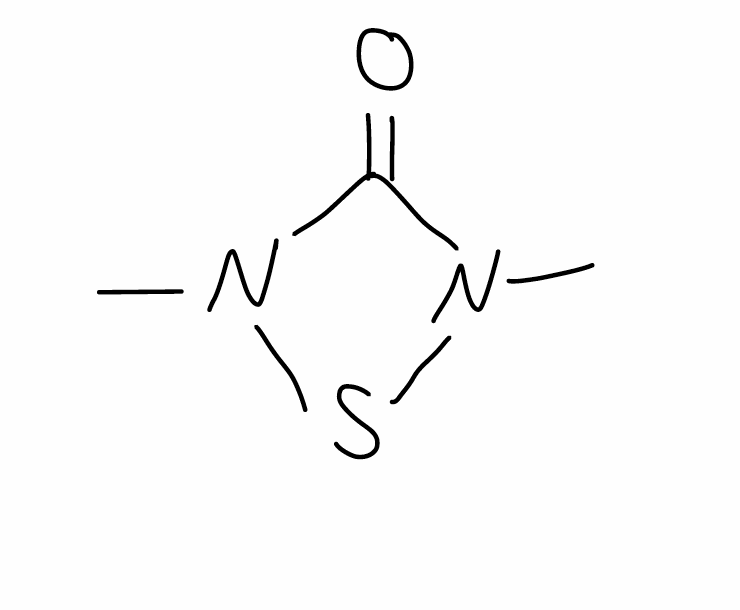
Simplified molecular-input line-entry system (SMILES) notation of the given molecule:
CN1C(=O)N(S1)C